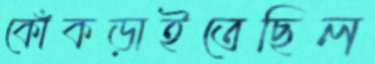
কোঁকড়াইতেছিল